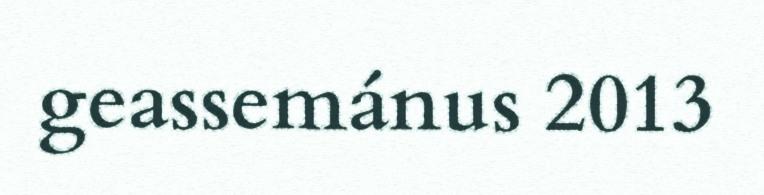
geassemánus 2013